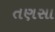
તણસા